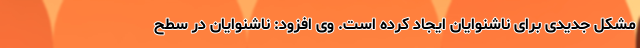
مشکل جدیدی برای ناشنوایان ایجاد کرده است. وی افزود: ناشنوایان در سطح